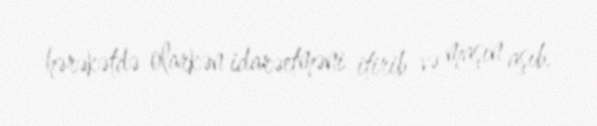
hərəkətdə olarkən idarəetməni itirib və maşın aşıb.